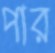
পার